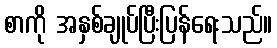
စာကို အနှစ်ချုပ်ပြီးပြန်ရေးသည်။